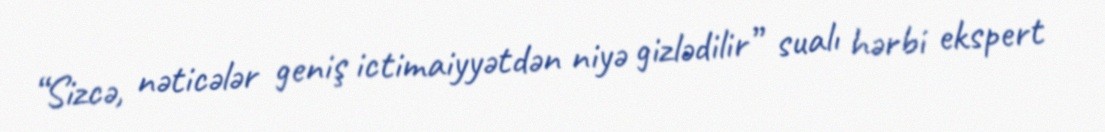
“Sizcə, nəticələr geniş ictimaiyyətdən niyə gizlədilir” sualı hərbi ekspert